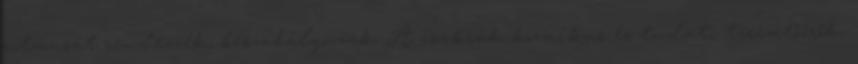
ritmusát rendezzék, beszabályozzák. A csakrák kozmikus és tudati teremtőerők,